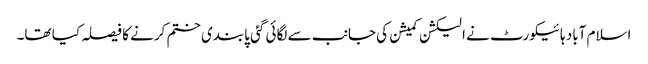
اسلام آباد ہائیکورٹ نے الیکشن کمیشن کی جانب سے لگائی گئی پابندی ختم کرنے کا فیصلہ کیا تھا۔